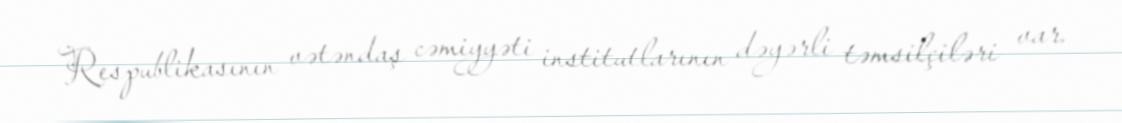
Respublikasının vətəndaş cəmiyyəti institutlarının dəyərli təmsilçiləri var.